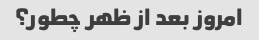
امروز بعد از ظهر چطور؟